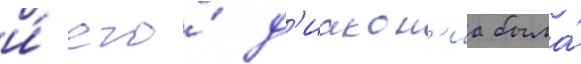
и́ его́ д'иакон'иа была́